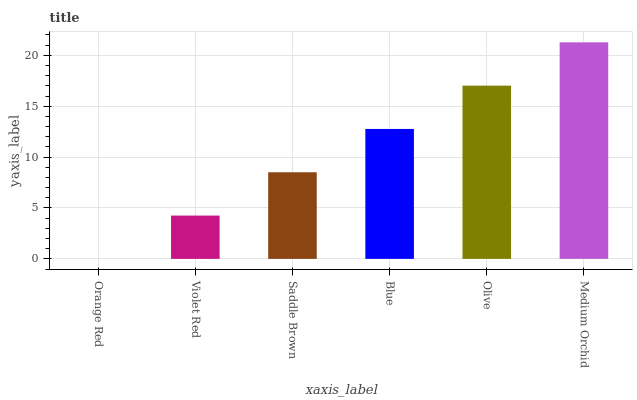
| xaxis_label | bars |
 | --- | --- |
 | Orange Red | 0 |
 | Violet Red | 4.26 |
 | Saddle Brown | 8.51 |
 | Blue | 12.8 |
 | Olive | 17 |
 | Medium Orchid | 21.3 |